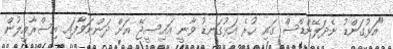
"އަޅުގަންޑު ނެދަލޭންޑްސް ގައި ހުރެ އަޅުގަނޑު ވާނީ އައިސީޖޭ އަށް ދަންނަވާފައި އިސްރާއީލުން